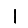
Digit: 1